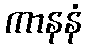
ကာနနံ